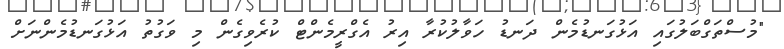
"މުސްތަގްބަލުގައި އަޅުގަނޑުމެން ދަނޑު ހަވާލުކުރާ އިރު އެގްރީމެންޓް ކުރެވިގެން މި ވަގުތު އަޅުގަނޑުމެންނަށް